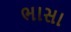
ભાસા